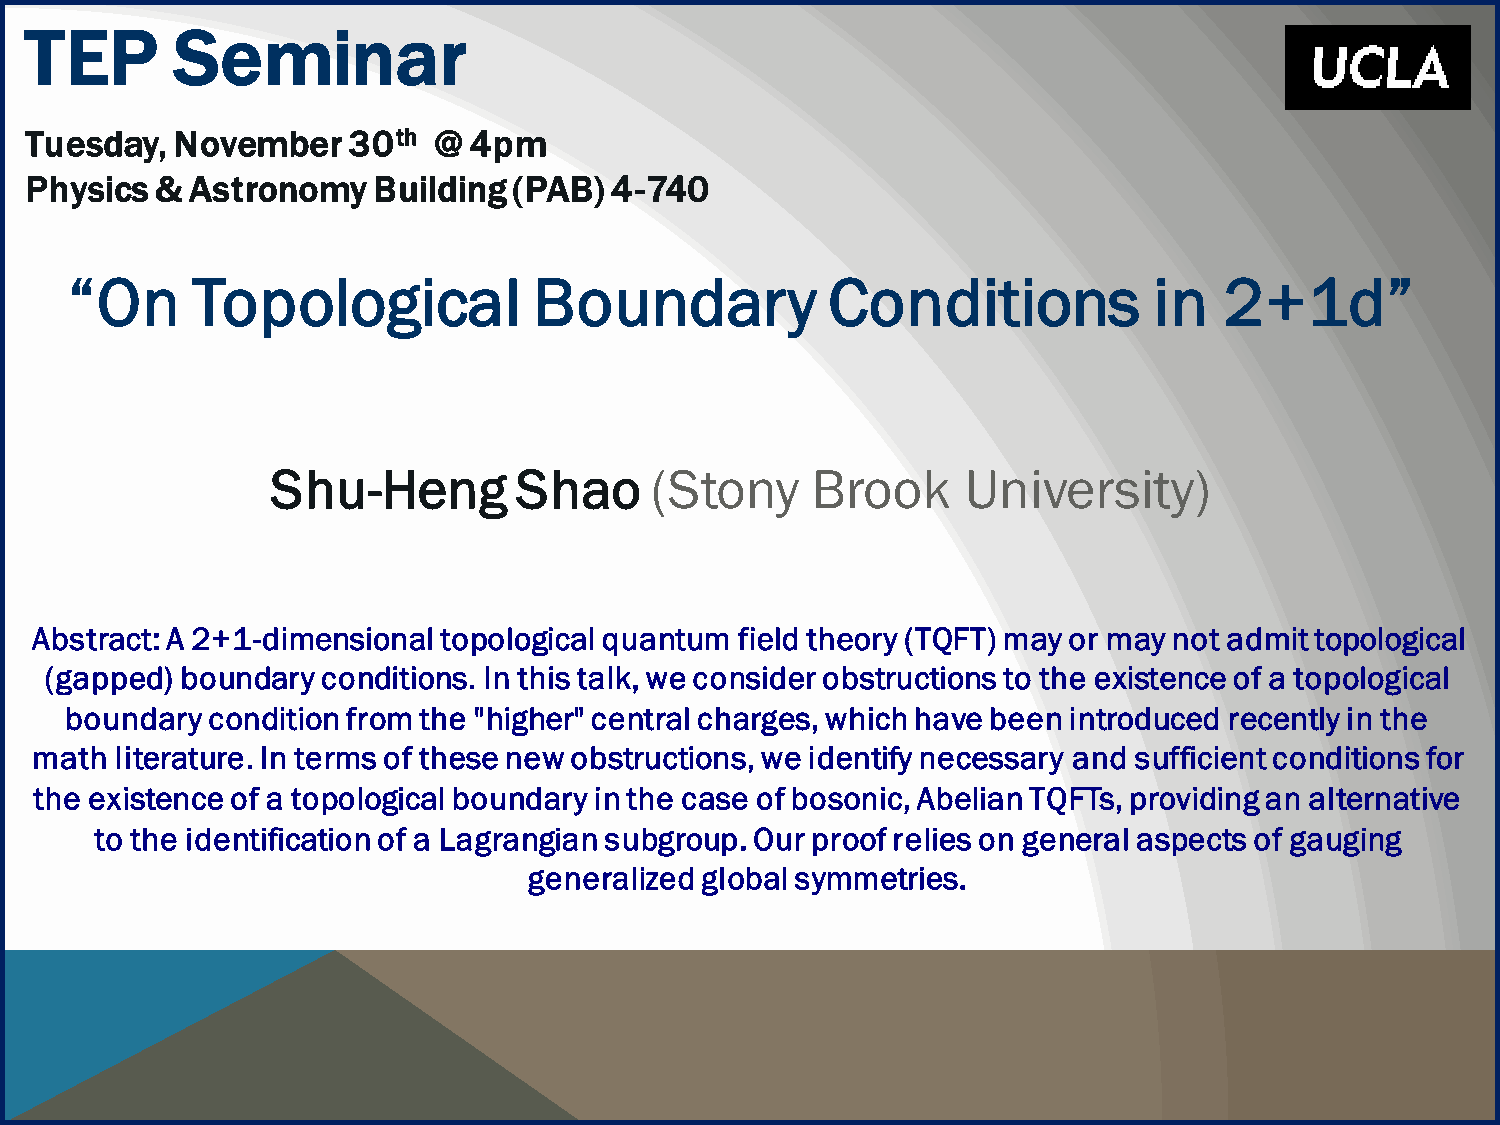
TEP       Seminar
 Tuesday, November    30th  @ 4pm
 Physics &  Astronomy   Building (PAB) 4-740
 “On      Topological           Boundary            Conditions           in   2+1d”
 Shu-Heng        Shao     (Stony     Brook     University)
 Abstract: A 2+1-dimensional topological quantum field theory (TQFT) may or may not admit topological
 (gapped) boundary conditions. In this talk, we consider obstructions to the existence of a topological
 boundary  condition from the "higher" central charges, which have been introduced recently in the
 math  literature. In terms of these new obstructions, we identify necessary and sufficient conditions for
 the existence of a topological boundary in the case of bosonic, Abelian TQFTs, providing an alternative
 to the identification of a Lagrangiansubgroup. Our proof relies on general aspects of gauging
 generalized global symmetries.